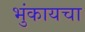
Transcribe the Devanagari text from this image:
भुंकायचा